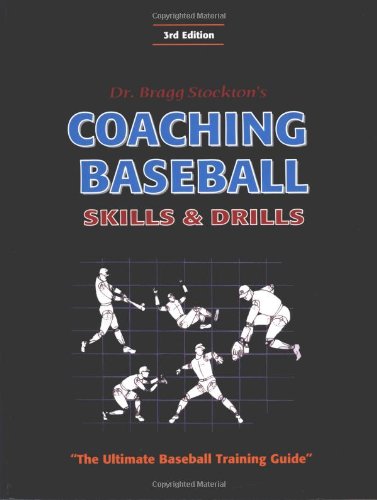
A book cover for Coaching Baseball: Skills and Drills: The Ultimate Baseball Training Guide (3rd Edition); Bragg A. Stockton; Sports & Outdoors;